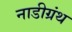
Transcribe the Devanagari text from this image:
नाडीग्रंथ